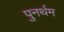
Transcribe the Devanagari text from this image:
पुनर्थम